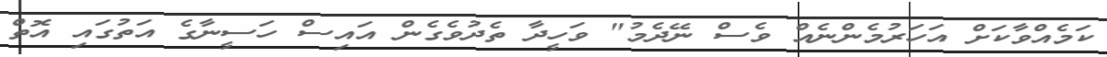
ކަމެއްވާކަށް އަހަރުމެންނެއް ވެސް ނޭދެމު" ވަހީދާ ތެދުވެގެން އައިސް ހަސީނާގެ އަތުގައި އޮތް